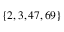
\left\{ 2 , 3 , 4 7 , 6 9 \right\}